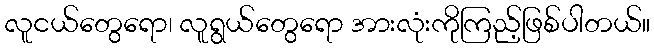
လူငယ်တွေရော၊ လူရွယ်တွေရော အားလုံးကိုကြည့်ဖြစ်ပါတယ်။